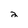
Character: 2